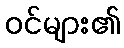
ဝင်များ၏